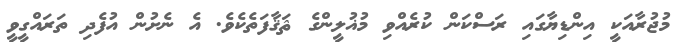
މުޖުރާއަކީ އިންޑިޔާގައި ރަސްކަން ކުރެއްވި މުޣުލީންގެ ޘަޤާފަތެކެވެ. އެ ނެށުން އުފެދި ތަރައްގީވީ